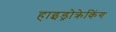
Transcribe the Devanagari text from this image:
हाइड्रोक्रेकिंग